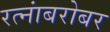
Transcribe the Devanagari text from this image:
रत्नांबरोबर